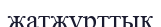
жатжұрттық